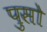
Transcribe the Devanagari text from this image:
पुसो